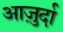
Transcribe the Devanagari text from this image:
आजु़र्दा